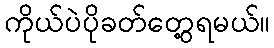
ကိုယ်ပဲပိုခတ်တွေ့ရမယ်။